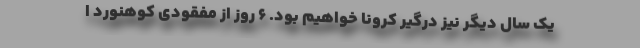
یک سال دیگر نیز درگیر کرونا خواهیم بود. ۶ روز از مفقودی کوهنورد ا